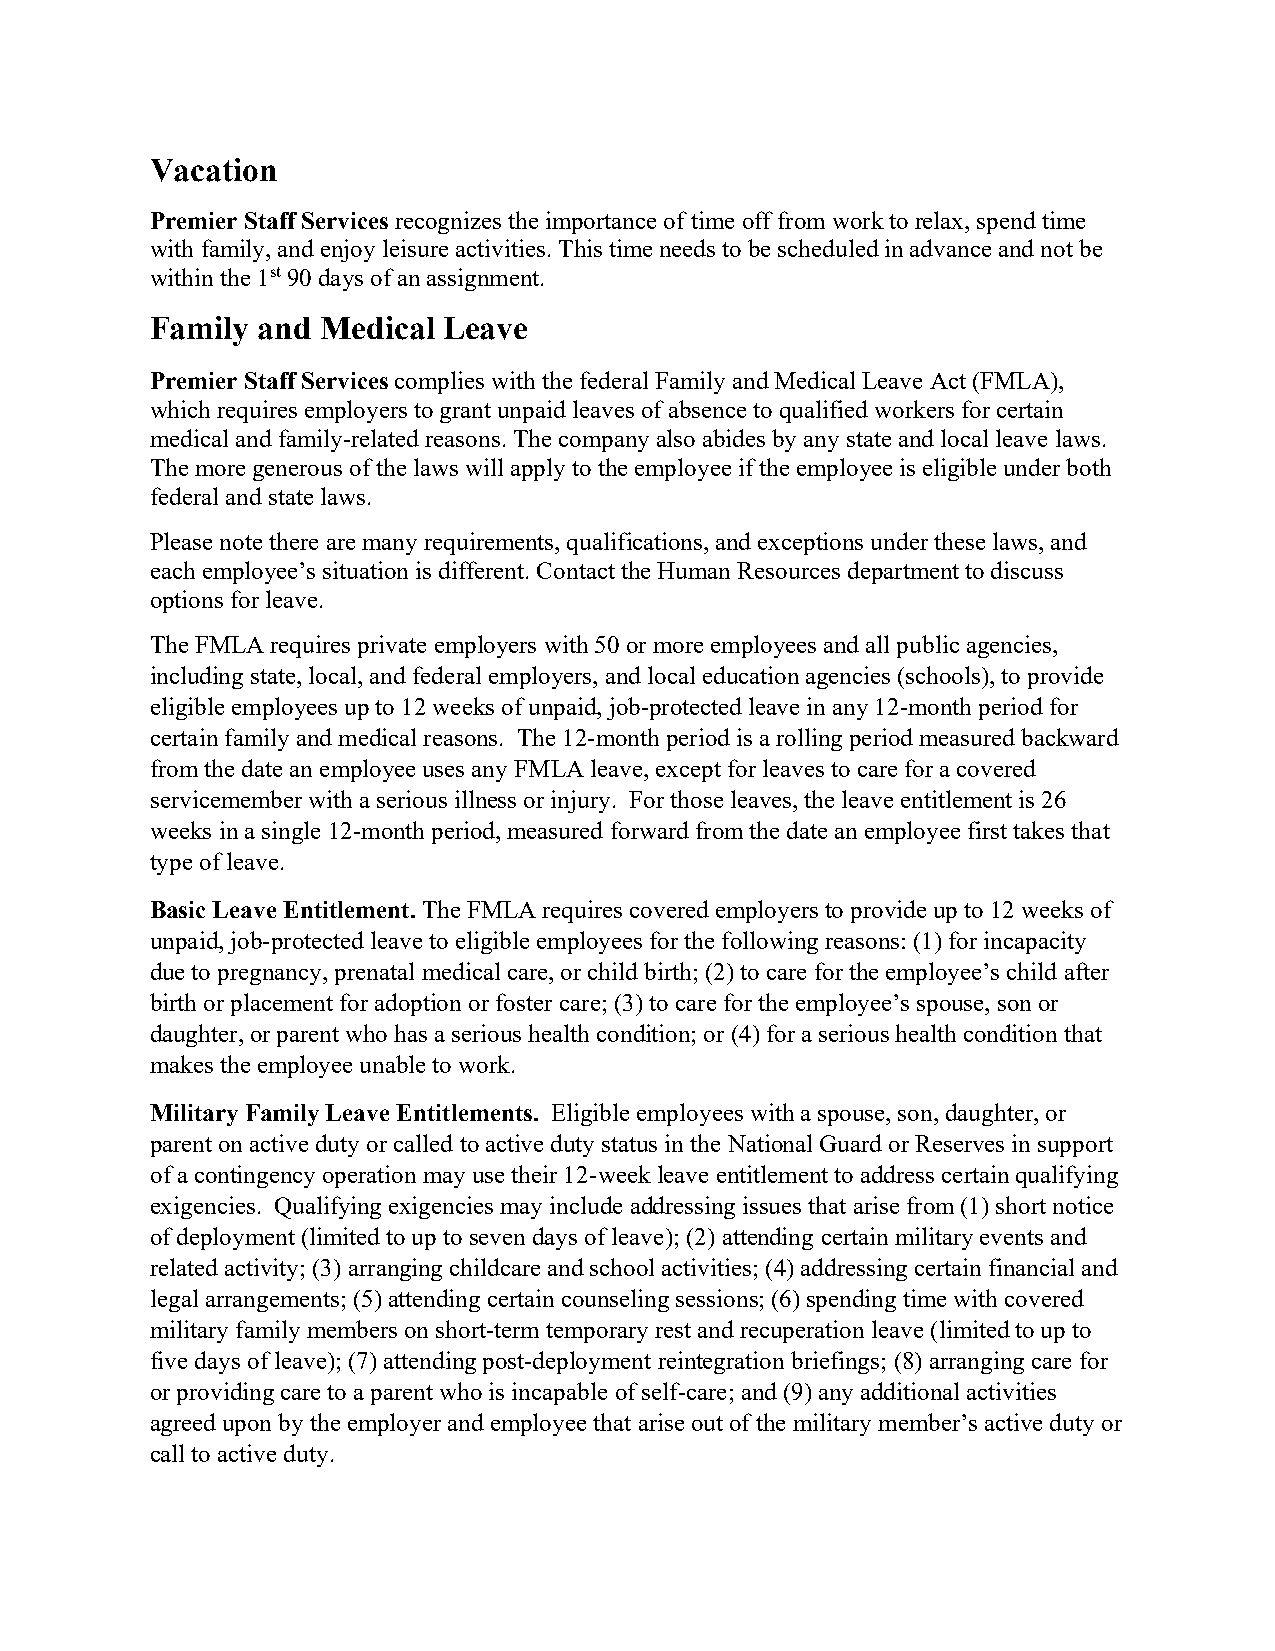
Vacation
 Premier Staff Services recognizes the importance of time off from work to relax, spend time
 with family, and enjoy leisure activities. This time needs to be scheduled in advance and not be
 within the 1st 90 days of an assignment.
 Family and Medical Leave
 Premier Staff Services complies with the federal Family and Medical Leave Act (FMLA),
 which requires employers to grant unpaid leaves of absence to qualified workers for certain
 medical and family-related reasons. The company also abides by any state and local leave laws.
 The more generous of the laws will apply to the employee if the employee is eligible under both
 federal and state laws.
 Please note there are many requirements, qualifications, and exceptions under these laws, and
 each employee’s situation is different. Contact the Human Resources department to discuss
 options for leave.
 The FMLA requires private employers with 50 or more employees and all public agencies,
 including state, local, and federal employers, and local education agencies (schools), to provide
 eligible employees up to 12 weeks of unpaid, job-protected leave in any 12-month period for
 certain family and medical reasons. The 12-month period is a rolling period measured backward
 from the date an employee uses any FMLA leave, except for leaves to care for a covered
 servicemember with a serious illness or injury. For those leaves, the leave entitlement is 26
 weeks in a single 12-month period, measured forward from the date an employee first takes that
 type of leave.
 Basic Leave Entitlement. The FMLA requires covered employers to provide up to 12 weeks of
 unpaid, job-protected leave to eligible employees for the following reasons: (1) for incapacity
 due to pregnancy, prenatal medical care, or child birth; (2) to care for the employee’s child after
 birth or placement for adoption or foster care; (3) to care for the employee’s spouse, son or
 daughter, or parent who has a serious health condition; or (4) for a serious health condition that
 makes the employee unable to work.
 Military Family Leave Entitlements. Eligible employees with a spouse, son, daughter, or
 parent on active duty or called to active duty status in the National Guard or Reserves in support
 of a contingency operation may use their 12-week leave entitlement to address certain qualifying
 exigencies. Qualifying exigencies may include addressing issues that arise from (1) short notice
 of deployment (limited to up to seven days of leave); (2) attending certain military events and
 related activity; (3) arranging childcare and school activities; (4) addressing certain financial and
 legal arrangements; (5) attending certain counseling sessions; (6) spending time with covered
 military family members on short-term temporary rest and recuperation leave (limited to up to
 five days of leave); (7) attending post-deployment reintegration briefings; (8) arranging care for
 or providing care to a parent who is incapable of self-care; and (9) any additional activities
 agreed upon by the employer and employee that arise out of the military member’s active duty or
 call to active duty.